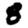
Digit: 8